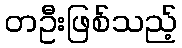
တဦးဖြစ်သည့်